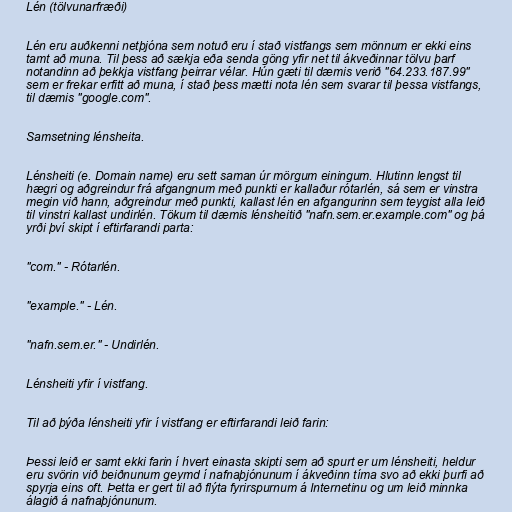
Lén (tölvunarfræði)

Lén eru auðkenni netþjóna sem notuð eru í stað vistfangs sem mönnum er ekki eins
tamt að muna. Til þess að sækja eða senda göng yfir net til ákveðinnar tölvu þarf
notandinn að þekkja vistfang þeirrar vélar. Hún gæti til dæmis verið "64.233.187.99"
sem er frekar erfitt að muna, í stað þess mætti nota lén sem svarar til þessa vistfangs,
til dæmis "google.com".

Samsetning lénsheita.

Lénsheiti (e. Domain name) eru sett saman úr mörgum einingum. Hlutinn lengst til
hægri og aðgreindur frá afgangnum með punkti er kallaður rótarlén, sá sem er vinstra
megin við hann, aðgreindur með punkti, kallast lén en afgangurinn sem teygist alla leið
til vinstri kallast undirlén. Tökum til dæmis lénsheitið "nafn.sem.er.example.com" og þá
yrði því skipt í eftirfarandi parta:

"com." - Rótarlén.

"example." - Lén.

"nafn.sem.er." - Undirlén.

Lénsheiti yfir í vistfang.

Til að þýða lénsheiti yfir í vistfang er eftirfarandi leið farin:

Þessi leið er samt ekki farin í hvert einasta skipti sem að spurt er um lénsheiti, heldur
eru svörin við beiðnunum geymd í nafnaþjónunum í ákveðinn tíma svo að ekki þurfi að
spyrja eins oft. Þetta er gert til að flýta fyrirspurnum á Internetinu og um leið minnka
álagið á nafnaþjónunum.